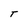
Character: T